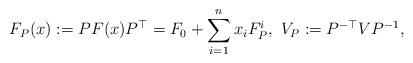
LaTeX: \begin{align*}&F_P(x):=PF(x)P^{\top}=F_0+\sum_{i=1}^nx_iF_P^i,\ {V}_P:=P^{-\top}V P^{-1}, \end{align*}